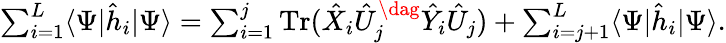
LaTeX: \textstyle\sum_{i=1}^{L}\langle\Psi|\hat{h}_{i}|\Psi\rangle=\sum_{i=1}^{j}\operatorname{Tr}(\hat{X}_{i}\hat{U}_{j}^{\dag}\hat{Y}_{i}\hat{U}_{j})+\sum_{i=j+1}^{L}\langle\Psi|\hat{h}_{i}|\Psi\rangle.